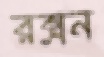
রক্সন